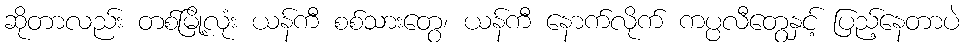
ဆိုတာလည်း တစ်မြို့လုံး ယန်ကီ စစ်သားတွေ၊ ယန်ကီ နောက်လိုက် ကပ္ပလီတွေနှင့် ပြည့်နေတာပဲ